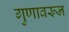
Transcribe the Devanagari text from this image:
गुणावरून